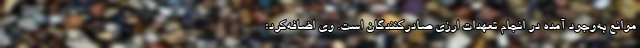
موانع به‌وجود آمده در انجام تعهدات ارزی صادرکنندگان است. وی اضافه‌کرد: